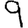
Digit: 9